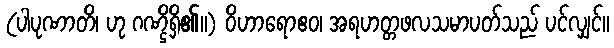
(ပါပုဏာတိ၊ ဟု ဂဏ္ဌိရှိ၏။) ဝိဟာရောဧဝ၊ အရဟတ္တဖလသမာပတ်သည် ပင်လျှင်။